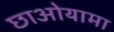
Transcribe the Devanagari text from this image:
छाओयामा